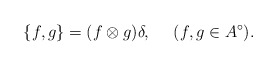
\begin{align*}\{f,g\}=(f\otimes g)\delta, \ \ \ \ (f,g\in A^\circ).\end{align*}